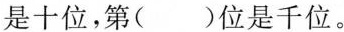
是十位，第()位是千位。